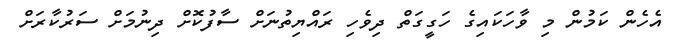
އެހެން ކަމުން މި ވާހަކައިގެ ހަގީގަތް ދިވެހި ރައްޔިތުނަށް ސާފުކޮށް ދިނުމަށް ސަރުކާރަށް